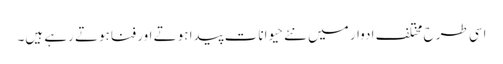
اسی طرح مختلف ادوار میں نئے حیوانات پیدا ہوتے اور فناہوتے رہے ہیں۔